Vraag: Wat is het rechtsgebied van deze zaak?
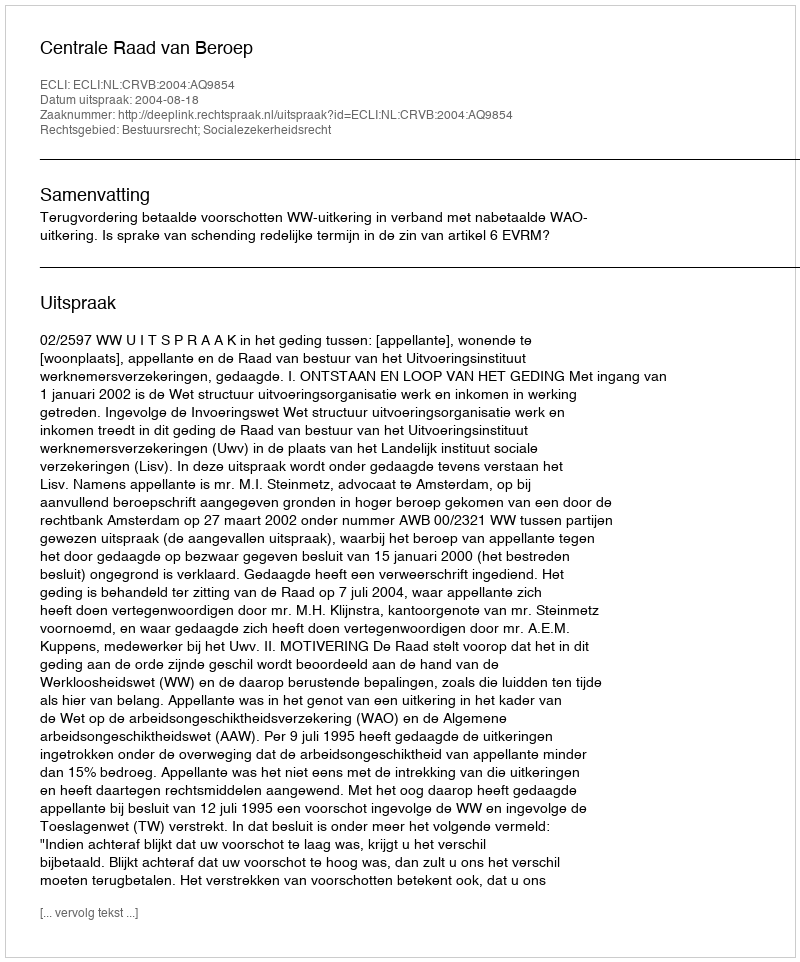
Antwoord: Bestuursrecht; Socialezekerheidsrecht